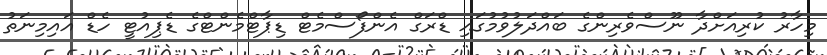
މިހާރު ކުރިއަށްދާ ނޫސްވެރިންގެ ބައްދަލުވުމުގައި ޑްރަގް އެންފޯސްމެޓް ޑިޕާޓްމެންޓްގެ ޑެޕިއުޓީ ހެޑް އައިމިނަތު